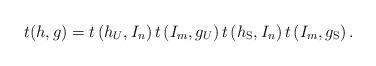
LaTeX: \begin{align*} t(h,g)=t\left(h_U,I_n\right)t\left(I_m,g_U\right)t\left(h_\mathrm{S},I_n\right)t\left(I_m,g_\mathrm{S}\right). \end{align*}